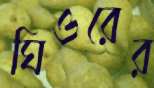
ঘিওরের